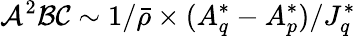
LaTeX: \mathcal{A}^{2}\mathcal{B}\mathcal{C}\sim 1/\bar{\rho}\times(A_{q}^{*}-A_{p}^{*})/J_{q}^{*}